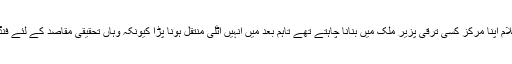
ان کا کہنا تھا کہ ڈاکٹر عبدالسلام اپنا مرکز کسی ترقی پزیر ملک میں بنانا چاہتے تھے تاہم بعد میں انہیں ٓاٹلی منتقل ہونا پڑا کیونکہ وہاں تحقیقی مقاصد کے لئے فنڈنگ کا حصول نسبتاً آسان تھا۔